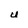
Character: U